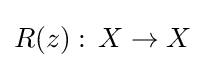
R(z):\,X\to X